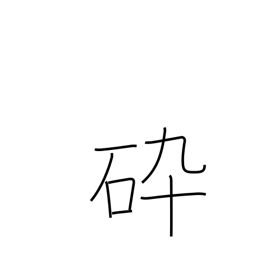
Meaning: familiar